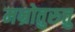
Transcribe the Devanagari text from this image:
मन्रोतुरुत्तु